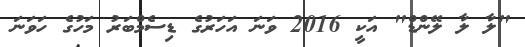
"ލާ ލާ ލޭންޑް" އަކީ 2016 ވަނަ އަހަރުގެ ޑިސެމްބަރު މަހުގެ ހަވަނަ